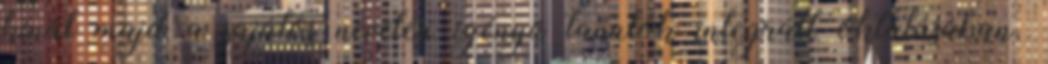
kínál majd a sajátos nevelési igényű tanulók integrált oktatásában.